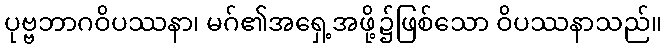
ပုဗ္ဗဘာဂဝိပဿနာ၊ မဂ်၏အရှေ့အဖို့၌ဖြစ်သော ဝိပဿနာသည်။